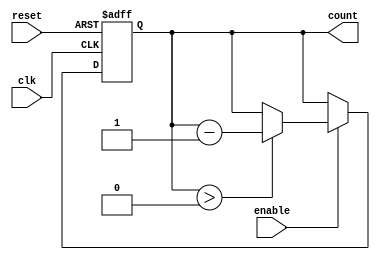
module down_counter (
    input wire clk,         // Clock signal
    input wire reset,       // Asynchronous reset signal
    input wire enable,      // Enable signal
    output reg [n-1:0] count // Count output
);
    parameter n = 3; // Number of bits for the counter (can be changed as needed)
    reg [n-1:0] current_state; // Current state of the counter

    // Asynchronous reset and state transition on clock edge
    always @(posedge clk or posedge reset) begin
        if (reset) begin
            current_state <= n'b111; // Reset to maximum value (for n=3, it's 7)
        end else if (enable) begin
            if (current_state > 0) begin
                current_state <= current_state - 1; // Decrement the counter
            end
        end
    end

    // Output logic (Moore machine output)
    always @(current_state) begin
        count <= current_state; // Output the current state
    end

endmodule